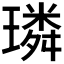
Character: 璘